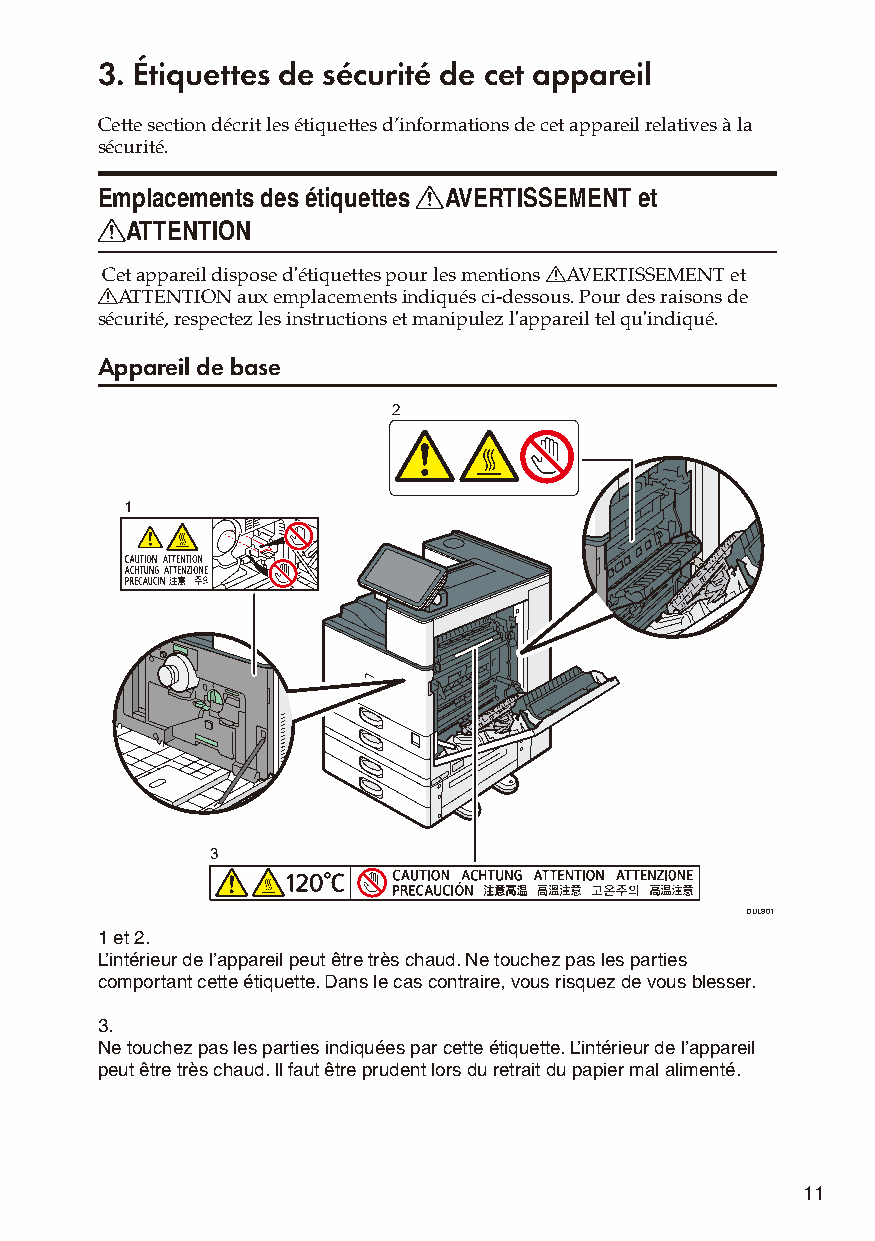
3. Étiquettes de sécurité de cet appareil
 Cette section décrit les étiquettes d’informations de cet appareil relatives à la
 sécurité.
 Emplacements des étiquettes RAVERTISSEMENT et
 RATTENTION
 Cet appareil dispose d'étiquettes pour les mentions RAVERTISSEMENT et
 RATTENTION aux emplacements indiqués ci-dessous. Pour des raisons de
 sécurité, respectez les instructions et manipulez l'appareil tel qu'indiqué.
 Appareil de base
 2
 1
 3
 DUL801
 1 et 2.
 L’intérieur de l’appareil peut être très chaud. Ne touchez pas les parties
 comportant cette étiquette. Dans le cas contraire, vous risquez de vous blesser.
 3.
 Ne touchez pas les parties indiquées par cette étiquette. L’intérieur de l’appareil
 peut être très chaud. Il faut être prudent lors du retrait du papier mal alimenté.
 11